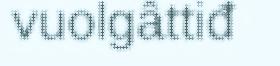
vuolgâttiđ